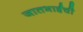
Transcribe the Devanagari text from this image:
जातभाईंची